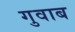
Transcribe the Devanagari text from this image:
गुवाब